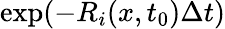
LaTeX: \exp(-R_{i}(x,t_{0})\Delta t)